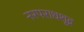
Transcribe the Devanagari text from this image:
नरपराधशूद्र